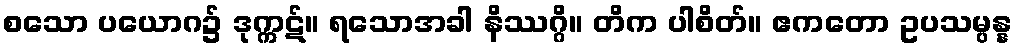
စသော ပယောဂ၌ ဒုက္ကဋ်။ ရသောအခါ နိဿဂ္ဂိ။ တိက ပါစိတ်။ ဧကတော ဥပသမ္ပန္န